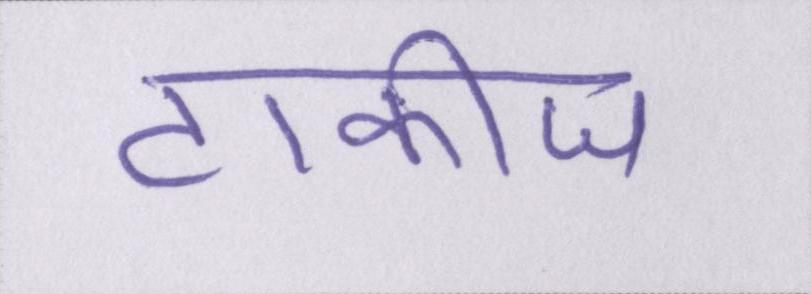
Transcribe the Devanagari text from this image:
टाकीज